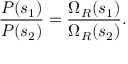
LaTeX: { \frac { P ( s _ { 1 } ) } { P ( s _ { 2 } ) } } = { \frac { \Omega _ { R } ( s _ { 1 } ) } { \Omega _ { R } ( s _ { 2 } ) } } .